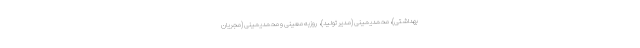
بهداشتی)، ‌محمدیمینی (مدیر تولید)، ‌ روزبه معینی و محمدیمینی (مجریان